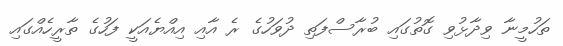
ތަހުމީނާ ވިދާޅުވި ގޮތުގައި ބުރާސްފަތި ދުވަހުގެ ރެ އާއި އިއްޔެއަކީ ފަހުގެ ތާރީހެއްގައި